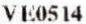
VE0514